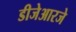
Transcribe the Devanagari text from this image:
डीजेआरजे